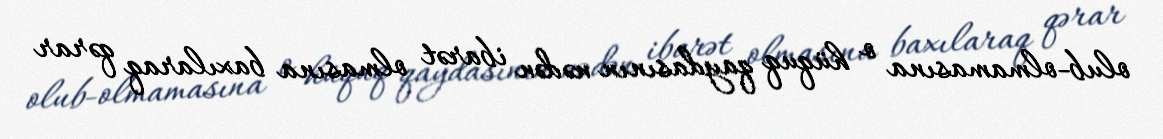
olub-olmamasına o hüquq qaydasının nədən ibarət olmasına baxılaraq qərar